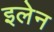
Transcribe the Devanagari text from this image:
इलेन